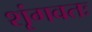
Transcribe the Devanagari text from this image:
शृंगवतः